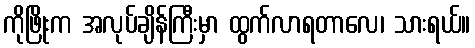
ကိုဖြိုးက အလုပ်ချိန်ကြီးမှာ ထွက်လာရတာလေ၊ သားရယ်။